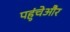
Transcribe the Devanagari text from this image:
पहुंचेऔर